Report of the Municipal Commissioner on the plague in Bombay for the year ending 31st May... - Volume 2
Disease focus: Plague
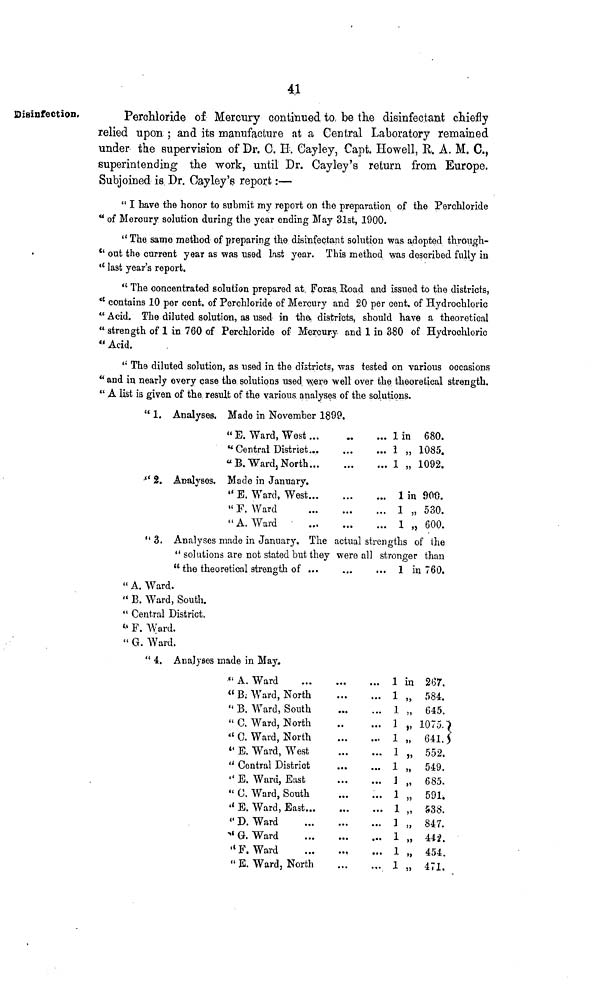
41
Disinfection.
Perchloride of Mercury continued to be the disinfectant chiefly
relied upon ; and its manufacture at a Central Laboratory remained
under the supervision of Dr. C. H. Cay ley, Capt. Howell, R. A. M. C.,
superintending the work, until Dr. Cayley's return from Europe.
Subjoined is Dr. Cayley's report:—
" I have the honor to submit my report on the preparation of the Perchloride
" of Mercury solution during the year ending May 31st, 1900.
" The same method of preparing the disinfectant solution was adopted through-
" out the current year as was used list year. This method was described fully in
" last year's report.
" The concentrated solution prepared at Foras Road and issued to the districts,
" contains 10 per cent, of Perchloride of Mercury and 20 per cent, of Hydrochloric
" Acid. The diluted solution, as used in the. districts, should have a theoretical
"strength of 1 in 760 of Perchloride of Mercury and 1 in 380 of Hydrochloric
" Acid.
" The diluted solution, as used in the districts, was tested on various occasions
" and in nearly every case the solutions used were well over the theoretical strength.
" A list is given of the result of the various analyses of the solutions.
" 1. Analyses. Made in November 1899.
" E. Ward, West ...
"Central District...
" E. Ward, North...
••
...
...
...
...
...
1 in 680.
1 „ 1085.
1 „ 1092.
" 2. Analyses. Made in January.
" E. Ward, West...
" F. Ward
" A. Ward
...
...
...
...
...
...
1 in 900.
1 „ 530.
1 „ 600.
"3. Analyses made in January. The actual strengths of the
" solutions are not stated but they were all stronger than
" the theoretical strength of
1 in 760.
" A. Ward.
" B. Ward, South.
" Central District.
" F. Ward.
" G. Ward.
" 4. Analyses made in May,
" A. Ward
" B: Ward, North
" B. Ward, South
" C. Ward, North
" C. Ward, North
" E. Ward, West
"Central District
" E. Ward, East
" C. Ward, South
"E. Ward, East...
" D. Ward
" G. Ward
" F. Ward
" K. Ward, North
*••
...
...
...
...
...
...
...
...
...
...
...
...
...
...
...
...
...
...
...
1
1
1
1
1
1
1
]
1
1
1
1
1
1
in
"
267.
584.
645.
1075
641.
552.
549.
685.
591.
538.
847.
442.
454.
471.